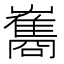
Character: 雟